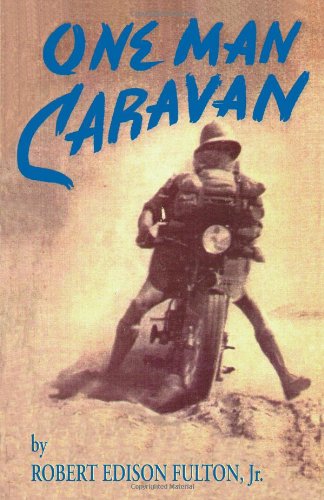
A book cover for One Man Caravan (Incredible Journeys Books); Robert Edison Fulton; Engineering & Transportation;